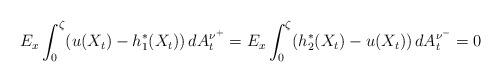
LaTeX: \begin{align*}E_{x}\int_{0}^{\zeta}(u(X_{t})-h_{1}^{*}(X_{t}))\,dA_{t}^{\nu^{+}}=E_{x}\int_{0}^{\zeta}(h_{2}^{*}(X_{t})-u(X_{t}))\,dA_{t}^{\nu^{-}}=0\end{align*}